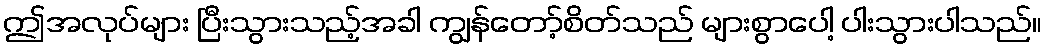
ဤအလုပ်များ ပြီးသွားသည့်အခါ ကျွန်တော့်စိတ်သည် များစွာပေါ့ ပါးသွားပါသည်။